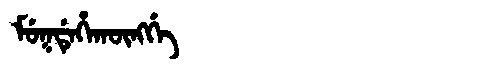
Manchu: ᠮᡠᡴᡩᡝᡥᠠᡴᡡᠩᡤᡝ
Romanization: MUKDEHAKŪNGGE